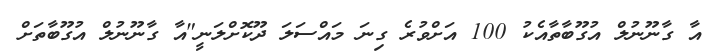
އާ ގާނޫނުލް އުގޫބާތާއެކު 100 އަށްވުރެ ގިނަ މައްސަލަ ދޫކޮށްލަނީ"އާ ގާނޫނުލް އުގޫބާތަށް